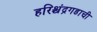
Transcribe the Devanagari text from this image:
हरिश्चंद्रगडाची